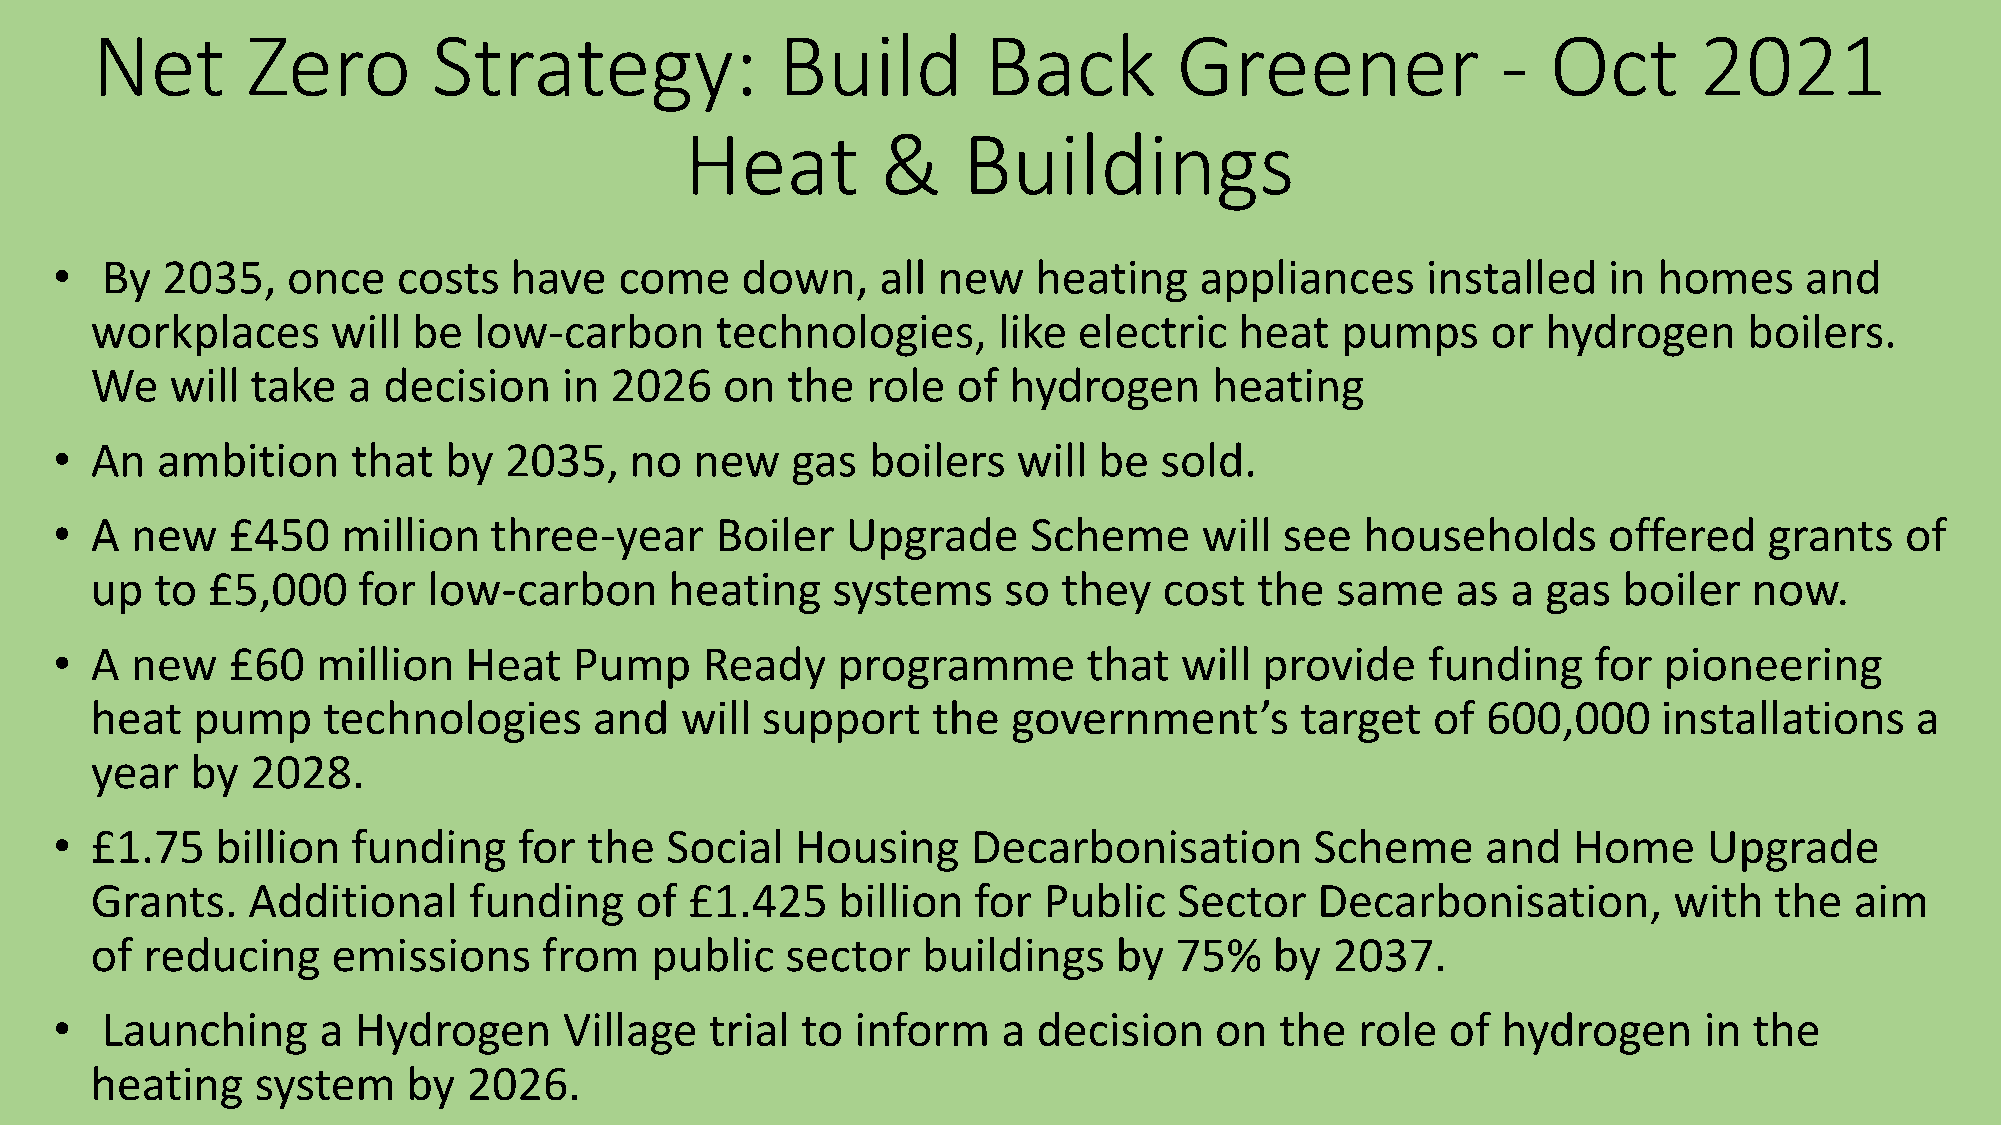
Net       Zero         Strategy:             Build         Back         Greener              -   Oct      2021
 Heat         &     Buildings
 •  By  2035,   once   costs   have   come    down,    all new    heating   appliances     installed   in  homes    and
 workplaces      will be  low-carbon      technologies,      like electric   heat   pumps     or hydrogen      boilers.
 We   will  take  a decision    in 2026    on  the  role  of  hydrogen     heating
 • An  ambition     that  by  2035,    no  new   gas  boilers   will  be  sold.
 • A  new   £450    million  three-year     Boiler   Upgrade     Scheme      will see  households      offered    grants   of
 up  to  £5,000    for low-carbon      heating    systems    so  they   cost  the  same    as  a gas  boiler   now.
 • A  new   £60   million   Heat   Pump    Ready    programme        that  will  provide   funding     for pioneering
 heat   pump    technologies      and   will support     the  government’s       target   of 600,000     installations    a
 year   by  2028.
 • £1.75   billion  funding    for  the  Social   Housing    Decarbonisation        Scheme     and   Home     Upgrade
 Grants.   Additional     funding    of  £1.425   billion  for  Public   Sector   Decarbonisation,        with  the   aim
 of  reducing    emissions     from   public   sector   buildings    by  75%   by  2037.
 •  Launching     a Hydrogen      Village   trial to  inform   a  decision   on   the  role  of hydrogen      in the
 heating    system    by  2026.